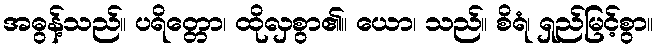
အဓွန့်သည်။ ပရိတ္တော၊ ထိုလှစွာ၏။ ယော၊ သည်။ စိရံ၊ ရှည်မြင့်စွာ။